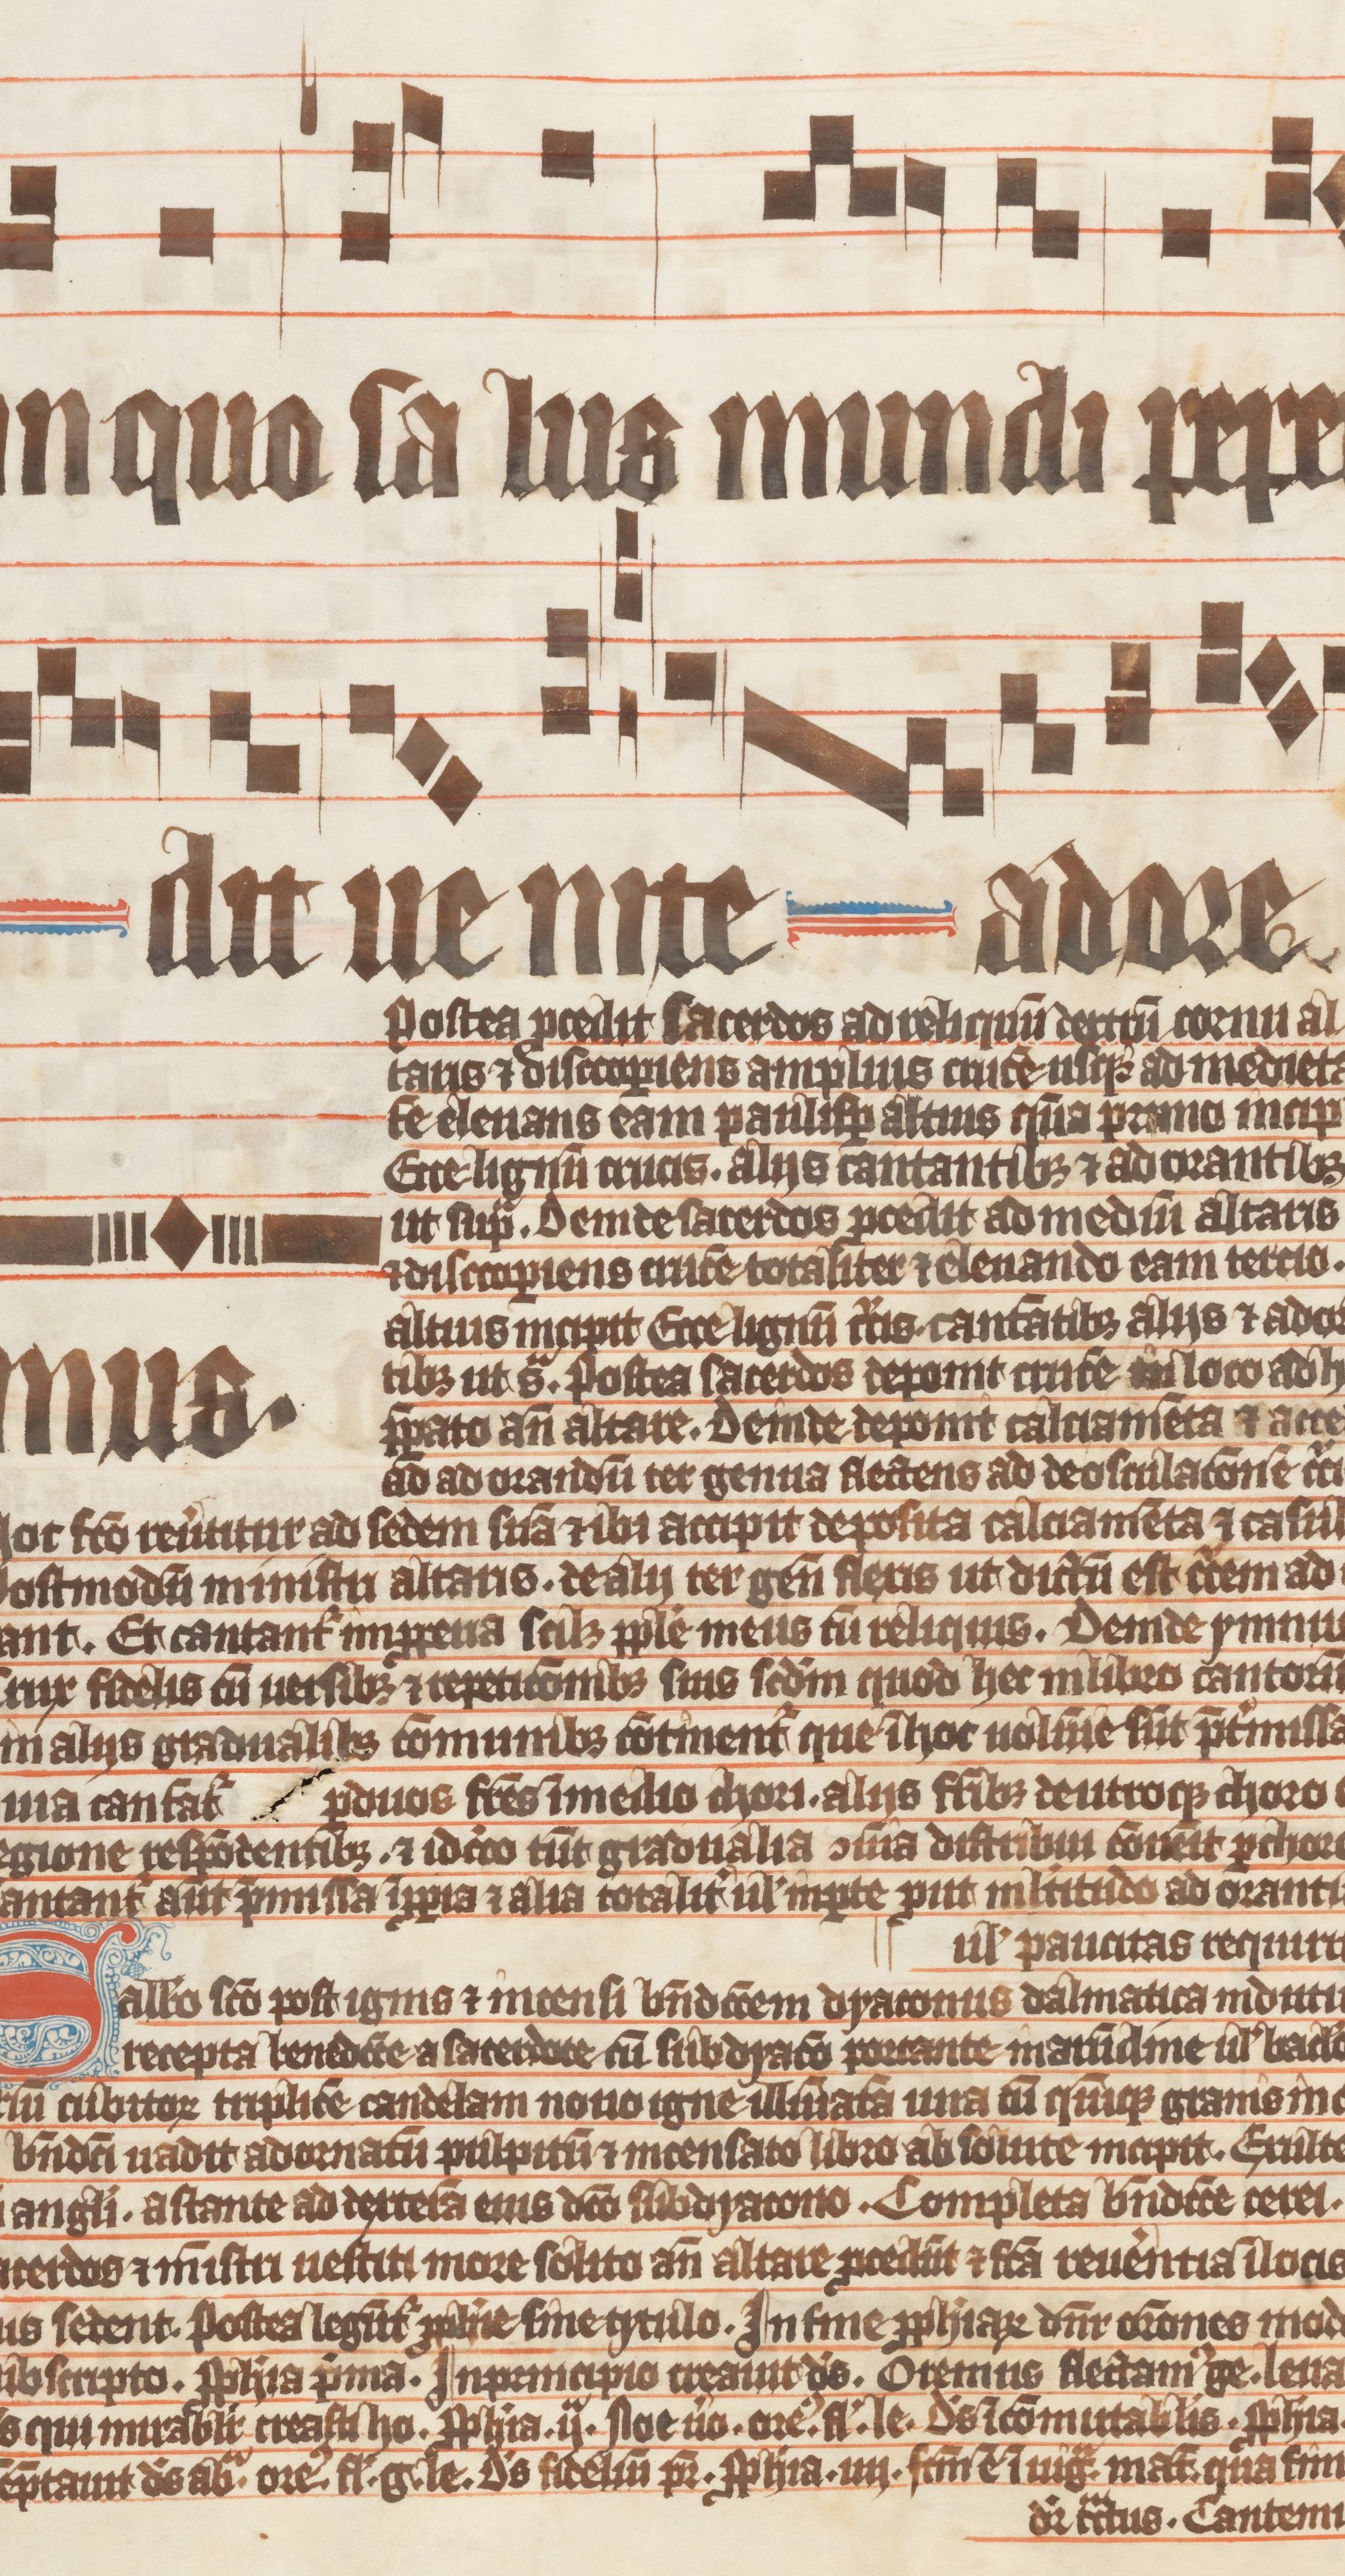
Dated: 1330–1335